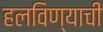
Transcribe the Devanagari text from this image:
हलविण्याची